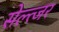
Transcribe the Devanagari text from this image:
सेल्त्जर